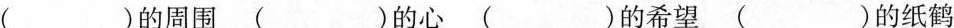
（）的周围（）的心（）的希望（）的纸鹤